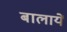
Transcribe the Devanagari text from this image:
बालायें